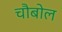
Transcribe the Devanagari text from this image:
चौबोल